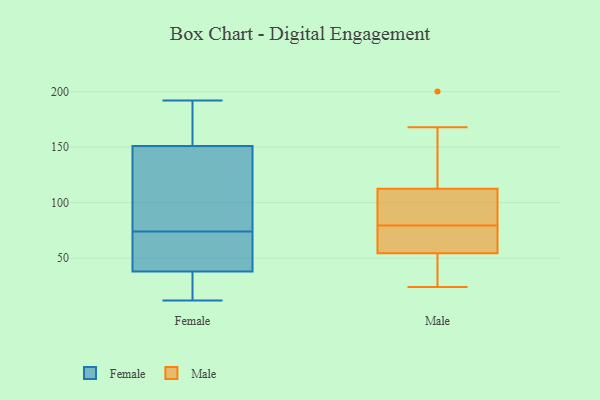
{"axis": {"x": "Humidity (%)", "y": "Value"}, "legend": ["Female", "Male"], "data": [{"x": "", "y": 60, "type": "Female"}, {"x": "", "y": 70, "type": "Female"}, {"x": "", "y": 12, "type": "Female"}, {"x": "", "y": 41, "type": "Female"}, {"x": "", "y": 74, "type": "Female"}, {"x": "", "y": 147, "type": "Female"}, {"x": "", "y": 161, "type": "Female"}, {"x": "", "y": 35, "type": "Female"}, {"x": "", "y": 151, "type": "Female"}, {"x": "", "y": 187, "type": "Female"}, {"x": "", "y": 192, "type": "Female"}, {"x": "", "y": 151, "type": "Female"}, {"x": "", "y": 22, "type": "Female"}, {"x": "", "y": 102, "type": "Female"}, {"x": "", "y": 74, "type": "Female"}, {"x": "", "y": 28, "type": "Female"}, {"x": "", "y": 70, "type": "Male"}, {"x": "", "y": 111, "type": "Male"}, {"x": "", "y": 80, "type": "Male"}, {"x": "", "y": 159, "type": "Male"}, {"x": "", "y": 109, "type": "Male"}, {"x": "", "y": 69, "type": "Male"}, {"x": "", "y": 24, "type": "Male"}, {"x": "", "y": 35, "type": "Male"}, {"x": "", "y": 200, "type": "Male"}, {"x": "", "y": 82, "type": "Male"}, {"x": "", "y": 40, "type": "Male"}, {"x": "", "y": 168, "type": "Male"}, {"x": "", "y": 114, "type": "Male"}, {"x": "", "y": 31, "type": "Male"}, {"x": "", "y": 79, "type": "Male"}, {"x": "", "y": 75, "type": "Male"}]}